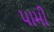
પામી